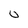
Character: 0